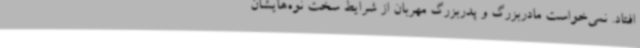
افتاد. نمی‌خواست مادربزرگ و پدربزرگ مهربان از شرایط سخت نوه‌هایشان